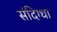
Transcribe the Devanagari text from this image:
संदिग्धा